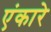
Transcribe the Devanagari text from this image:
एंकारे